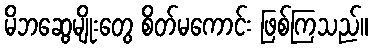
မိဘဆွေမျိုးတွေ စိတ်မကောင်း ဖြစ်ကြသည်။